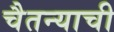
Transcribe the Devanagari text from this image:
चैतन्याची